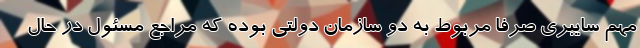
مهم سایبری صرفاً مربوط به دو سازمان دولتی بوده که مراجع مسئول در حال